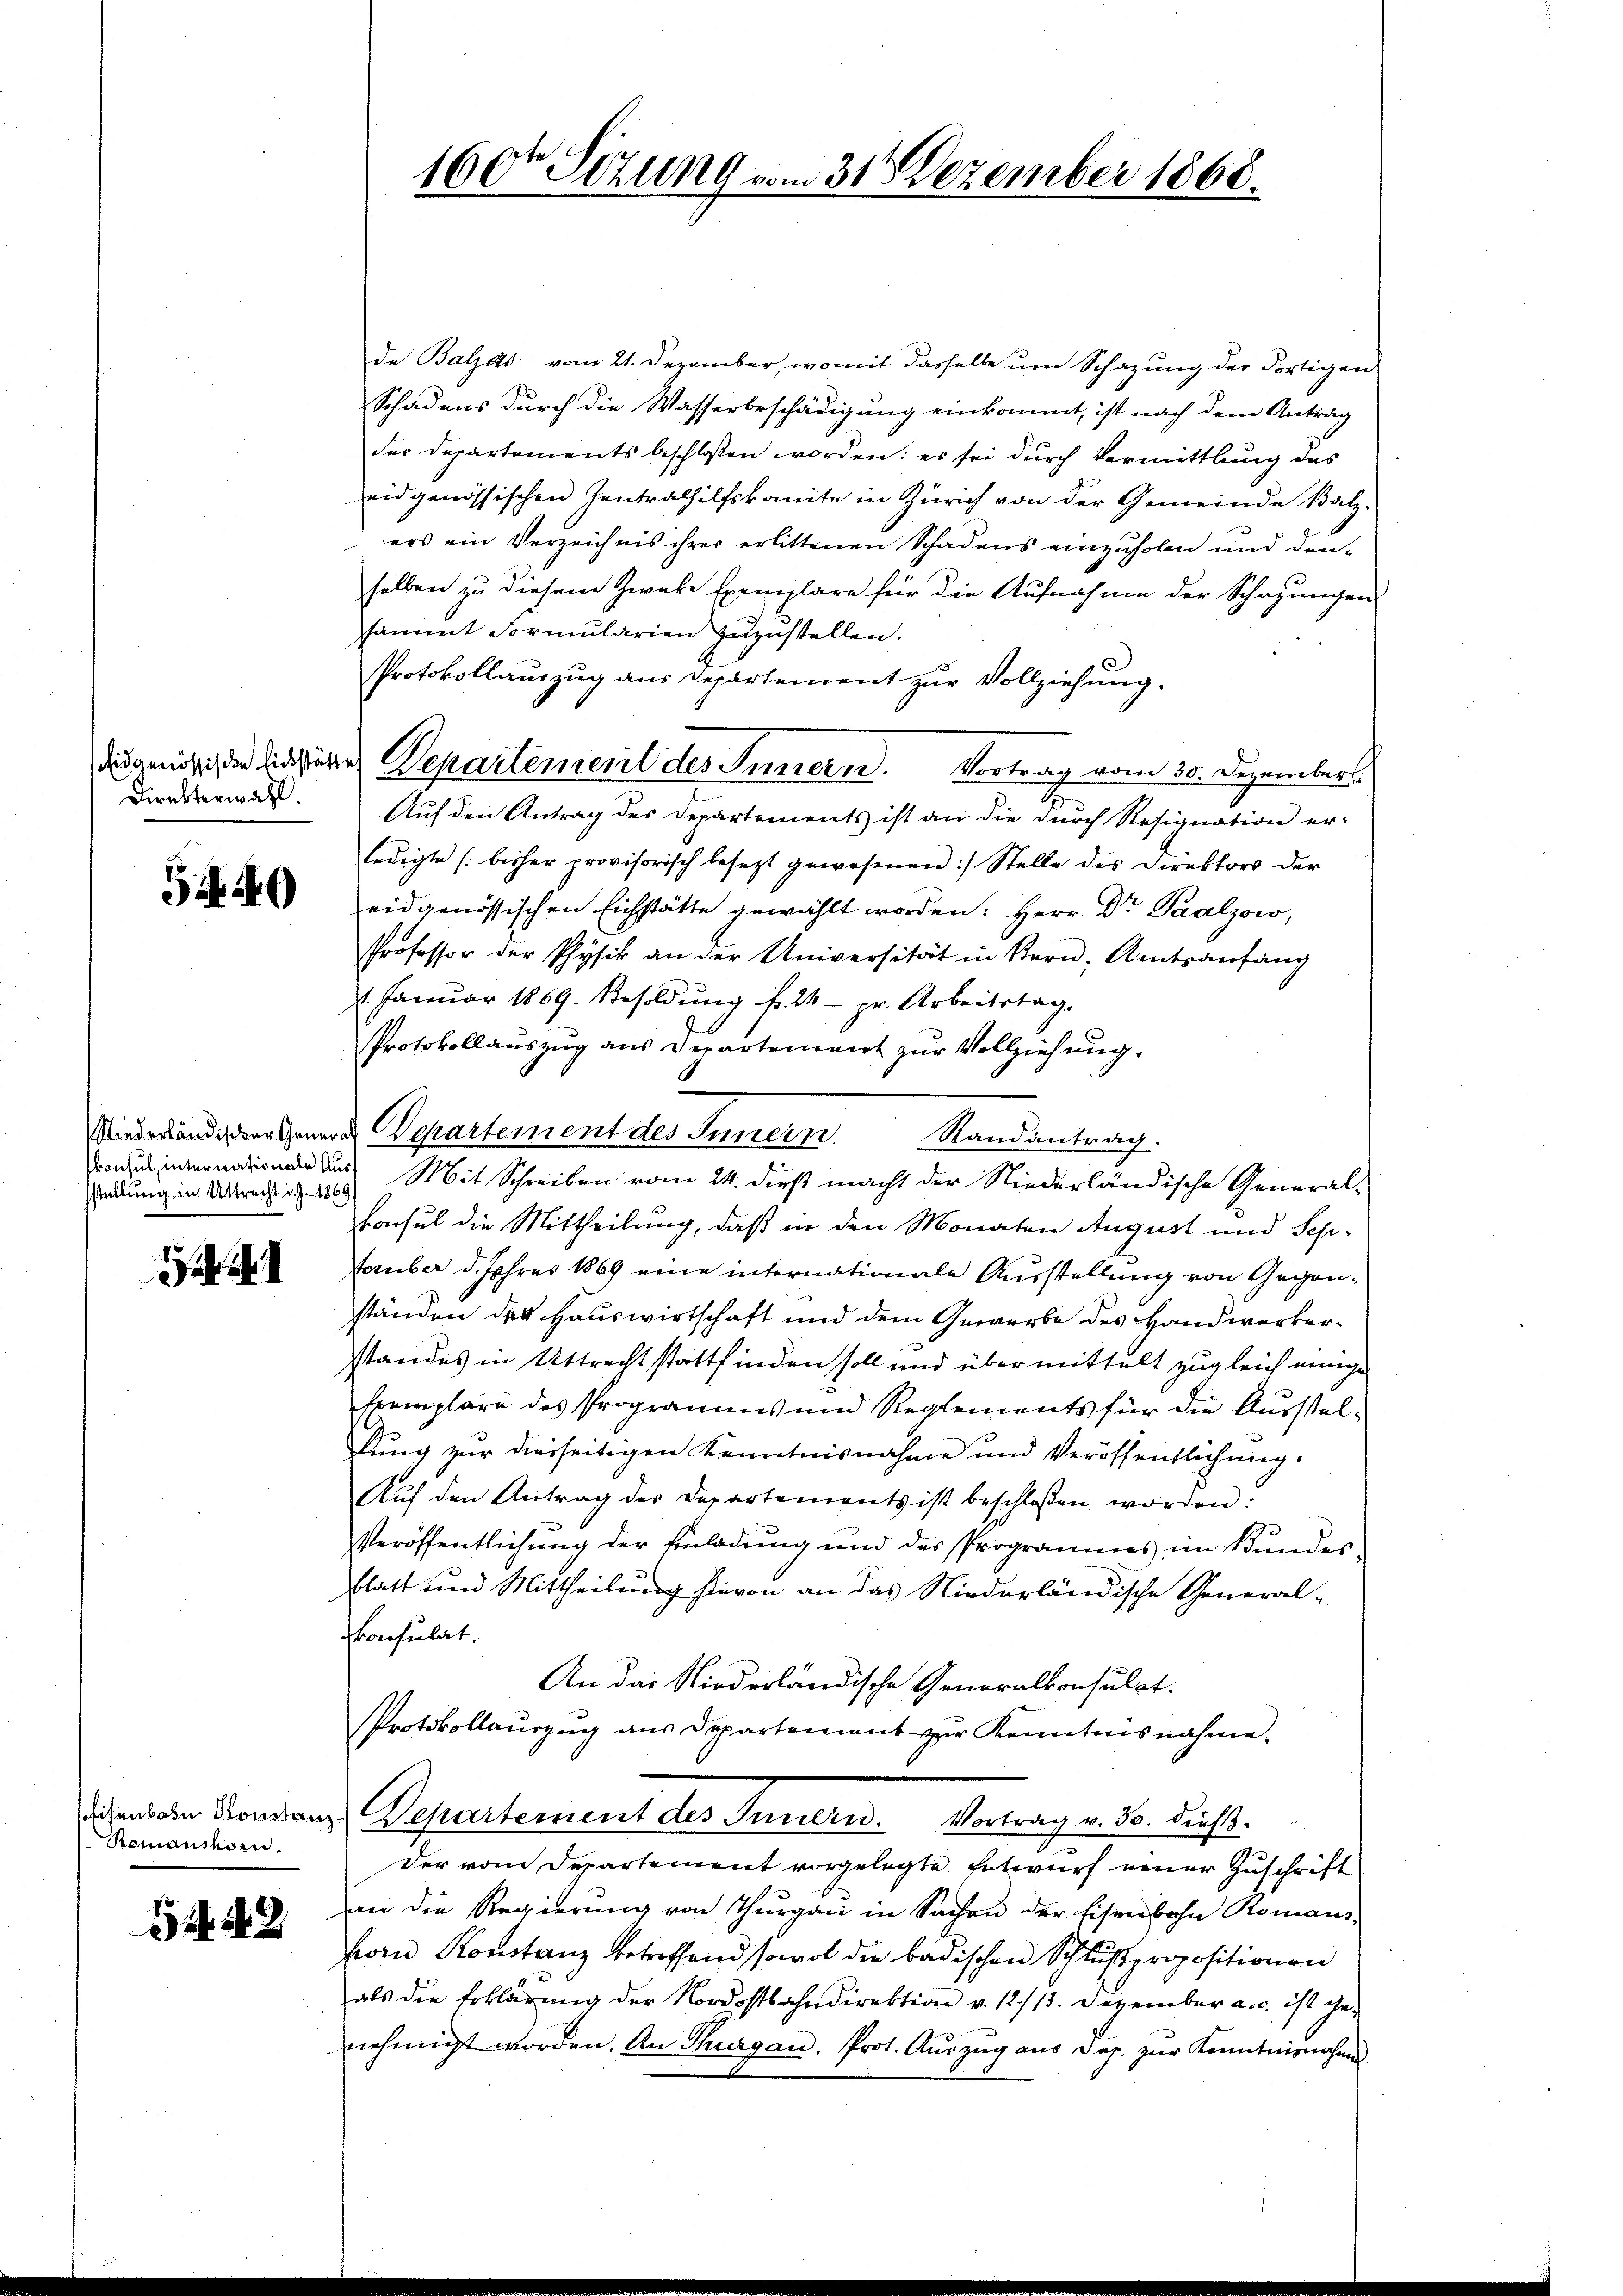
Direktorwahl.

54. 40

sstellung in Altrecht d. J. 1869

.

Romanshorn.

12

de Balzes vom 21. Dezember, womit dasselbe um Schazung der Fortigen
Schadens durch die Wasserbeschädigung einkommt, ist nach dem Antrag
der Departements beschlossen worden: es sei durch Vermittlung des
eidgenössischen Zentralhilfskomite in Zürich von der Gemeinde Balz-
ers ein Verzeichnis ihrer erlittenen Schadens einzuholen und den-
selben zu diesem Zwecke Exemplare für die Aufnahme der Schazungen
sammt Formularien zuzustellen.
Protokollauszug aus Departement zur Vollziehung.
Auf den Antrag des Departements ist an die durch Resignation er-
ledigte (bisher provisorisch besezt gewesenen :/ Stelle des Direktors der
eidgenössischen Eichstätte gewählt worden: Herr Dr Paalzow,
Professor der Physik an der Universität in Stern Amtsanfang
1. Januar 1869. Besoldung fr. 24 - pr. Arbeitstag.
Protokollauszug aus Departement zur Vollziehung.
 u Mit Schreiben vom 24. dieß macht der Niederländische General-
konsul die Mittheilung, daß in den Monaten August und Schtember d. Jahres 1864 eine internationale Ausstellung von Gegenständen des Hauswirtschaft und dem Gewerbe des Handwerkerstandes in Uttrecht stattfinden soll und übermittelt zugleich einige
Exemplare des Programms und Reglements für die Ausstelkung zur diesseitigen Kenntnisnahme und Veröffentlichung.
Aŭf den Antrag der Departements ist beschlossen worden:
Veröffentlichung der Einladung und des Programmes im Bundesblatt und Mittheilung hievon an das Niederländische General-
Consulat,
An das Niederländische Generalkonsulat
Protokollaŭszŭg aŭs Departement zŭr Kenntnisnahme.
Canton Kondans Departement des Innern. Vortrag v. ds. dieß.
Der vom Departement vorgelegte Entwurf einer Zuschrift
an die Regierŭng von Thurgau in Sachen der Eisenbahn Romans,
forn Konstanz betreffend sowol die badischen Schlŭβpropositionen
als die Erklärŭng der Nordostbahndirektion v. 12./13. Dezember a. c. ist ge-
nehmigt worden. An Thurgau, Prot. Auszug aus Dep. zŭr Kenntnisnahmen

dgenößigen die Departement des Innern. Vortrag vom 30. Dezember

160te Sitzung vom 31. Dezember 1868.

Miederländigenten Departement des Innern. Randantrag.